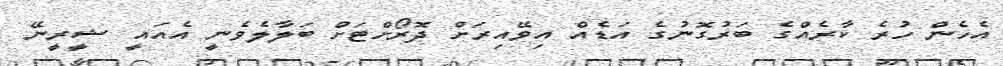
އެހެން ހުރެ ކާރެއްގެ ބަރުގޮނުގެ އަޑެއް އިވޭއިރަށް ދޮރޯށްޓަށް ބަލާލެވެނީ އެއައީ ޝީރީނޭ